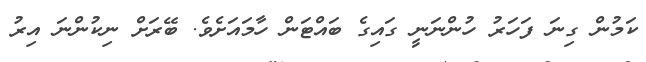
ކަމުން ގިނަ ފަހަރު ހުންނަނީ ގައިގެ ބައްޓަން ހާމައަށެވެ. ބޭރަށް ނިކުންނަ އިރު